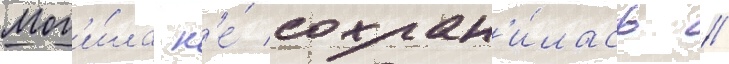
Мог'и́ла н'е́ сохран'и́лась //